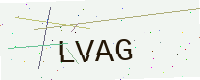
Text: LVAG